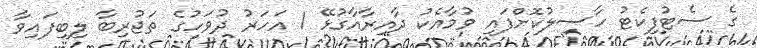
ގެ ސެޓުފިކެޓު ހާސިލުކޮށްފައި ވުމާއެކު ދާއިރާއާގުޅޭ 1 އަހަރު ދުވަހުގެ ތަޖުރިބާ ލިބިފައިވާ